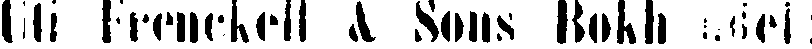
Uti Frenckell & Sons Bokhandel